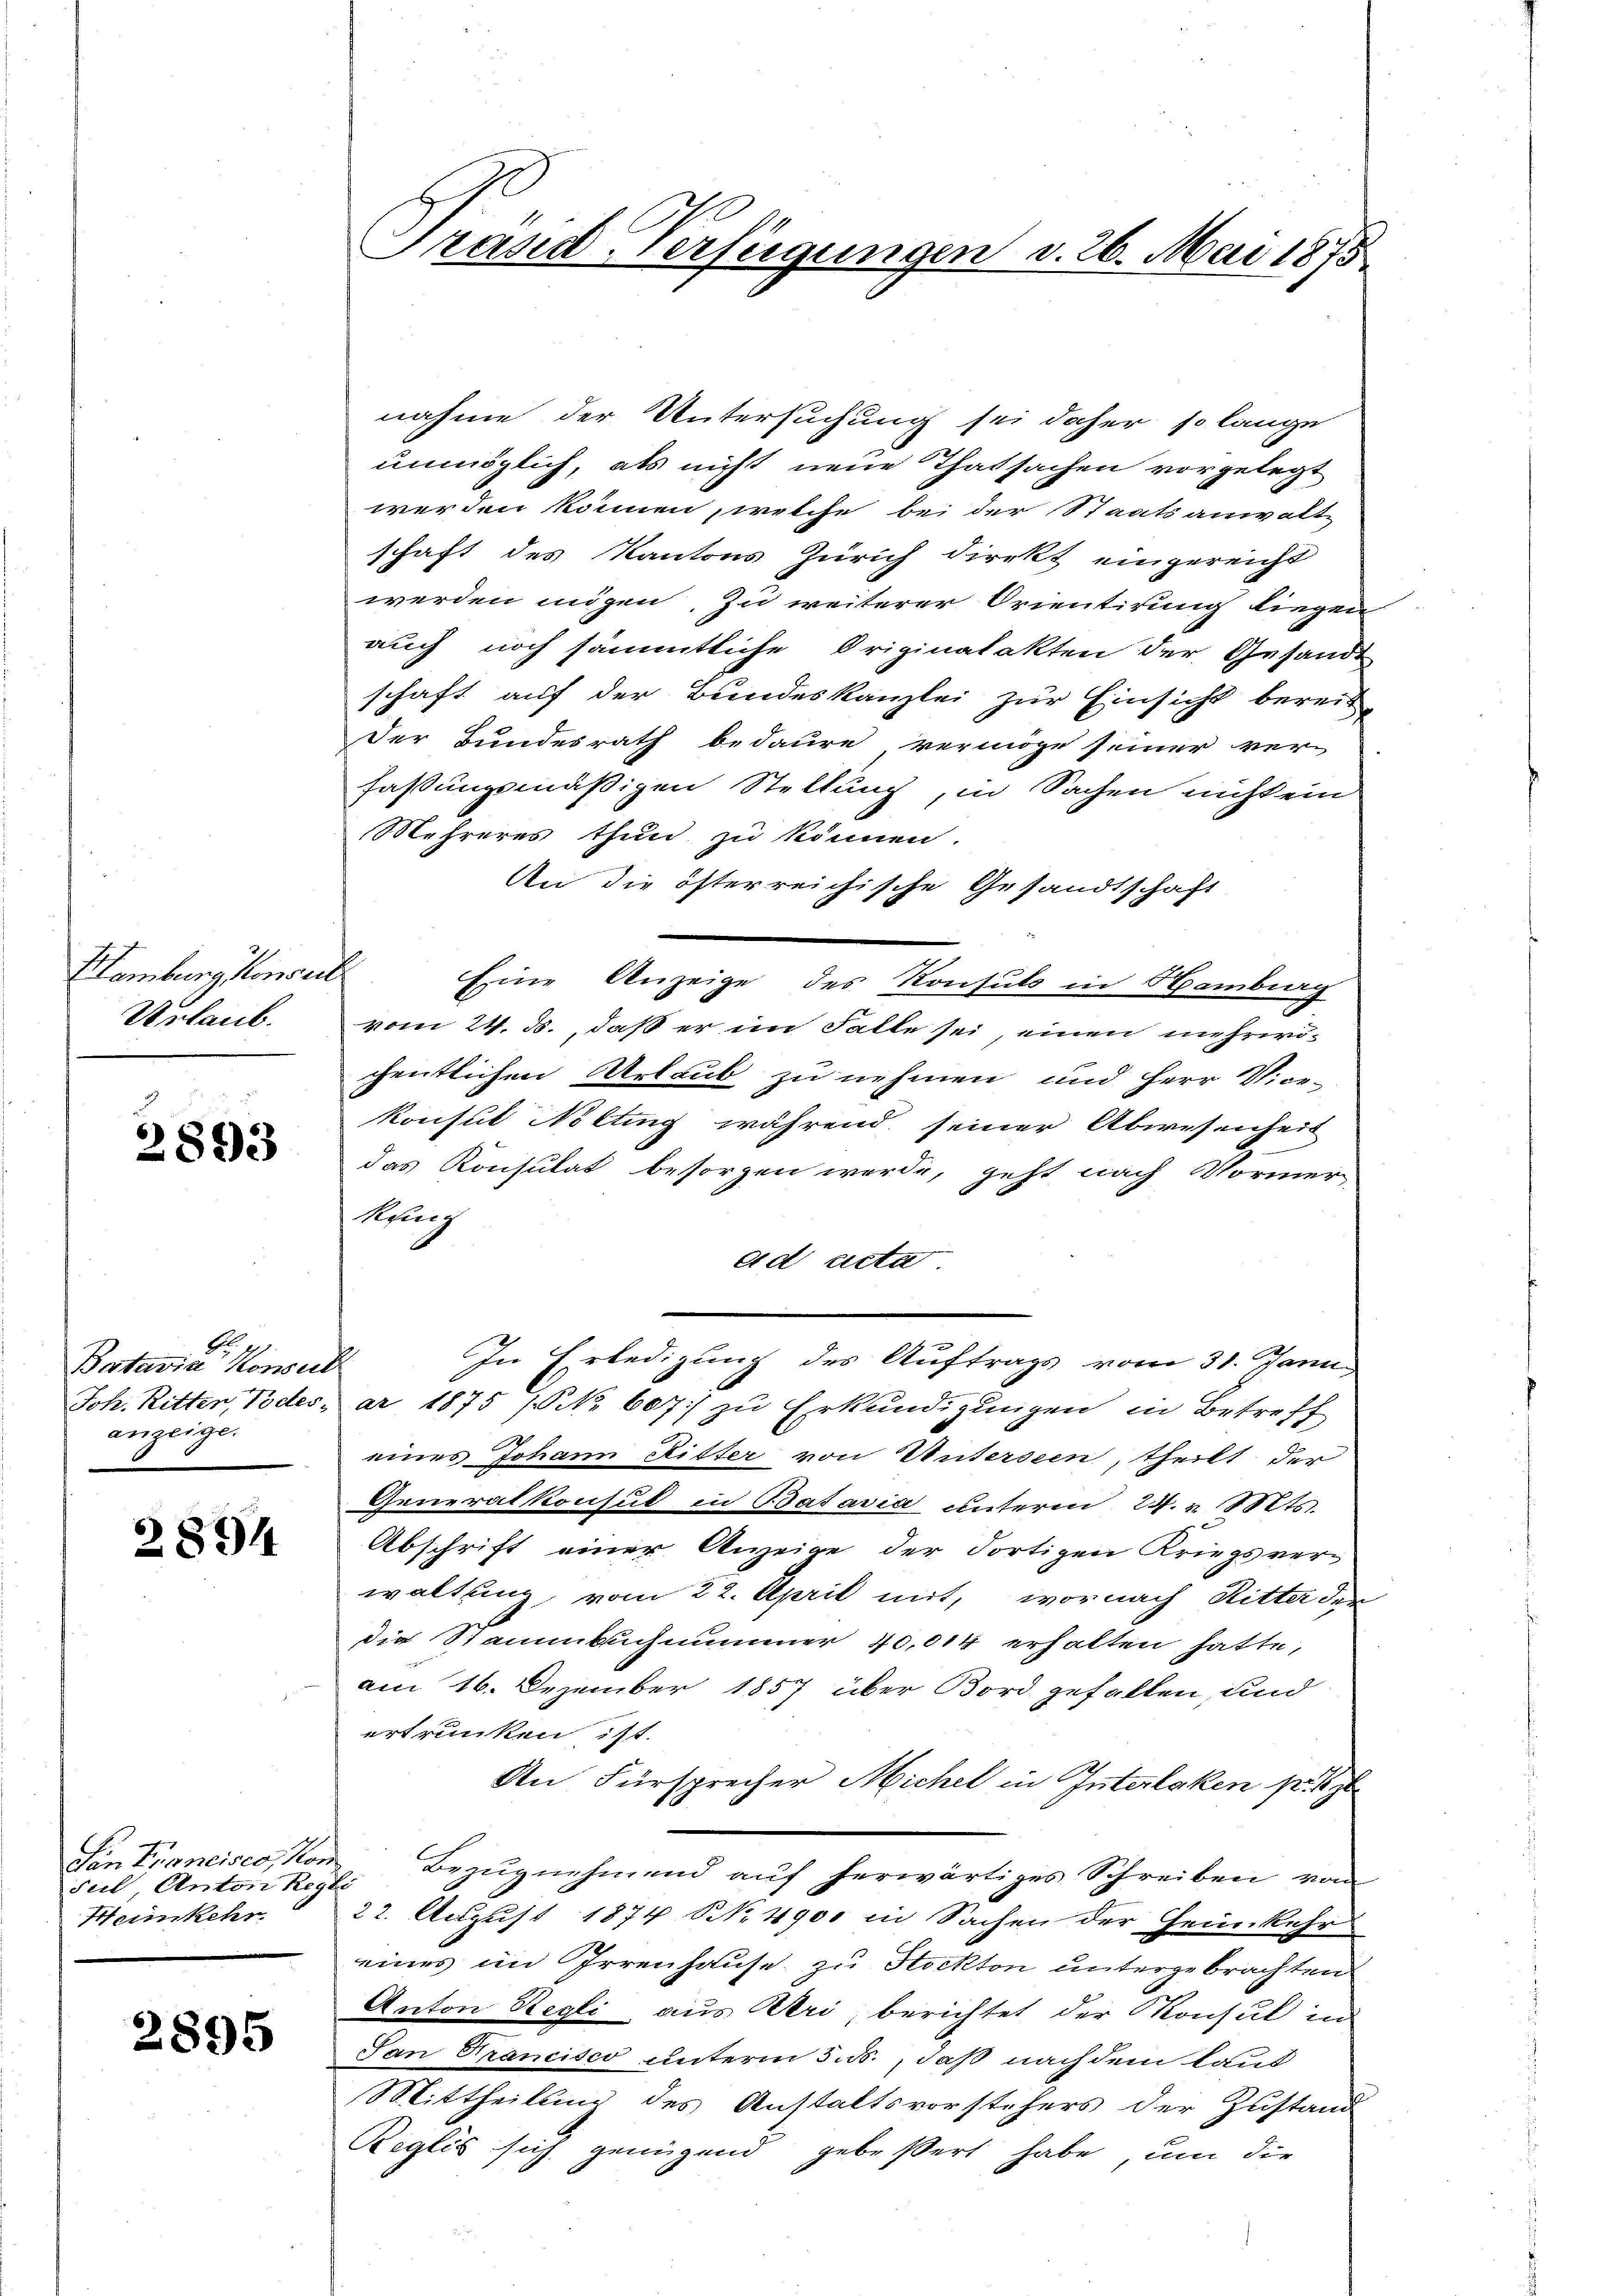
Hamburg Konseil
Urlaub.

2893

S
Batavia Konsul
anzeige.

2894

suel Anton Regli
Heimkehr

2895

Prasid-Verfügungen v. 26. Mai 1875

nahme der Untersuchung sei daher so lange
unmöglich, als nicht neue Thatsachen vorgelegt
werden können, welche bei der Staatsanwalte
schaft des Kantons Zürich direkt eingereicht
werden mögen, zu weiterer Orientirung liegen
auch noch sämmtliche Originalakten der Gesandt
schaft auf der Bundeskanzlei zur Einsicht bereit-
Der Bundesrath bedaure, vermöge seiner ver-
fassungsmäßigen Stellung, in Sachen nicht ein
Mehreres thun zu können.
An die öfterreichische Gesandtschaft
Eine Anzeige des Konsuls in Hambiag
vom 24. ds., daß er im Falle sei, einen mehrwöchentlichen Urlaub zu nehmen und Herr Vice-
konsul Nötting während seiner Abwesenheit
das Konsulat besorgen werde, geht nach Vormer
Renig
ad acta
In Erledigung des Auftrags vom 31. Janu
Joh. Ritten, Todes, ar 1875 / NNo. 607 zu Erkundigungen in Betreff
eines Johann Ritter von Untersein, theilt der
Generalkonsul in Batavia unterm 24. v. 18ts.
Abschrift einer Anzeige der dortigen Kriegsver-
waltung vom 22. April mit, wornach Ritter der
die Stammbuchnummer 40,014 erhalten hatte,
am 16. Dezember 1857 über Bord gefallen, und
ertrunken ist.
An Fürsprecher Michel in Interlaken sei
Von Francisco, von Bezŭgnehmend auf herwärtiges Schreiben von
22. August 1874 NNo. 4900 in Sachen der Heimkehr
eines im Irrenhause zu Stockten untergebrachten
Anton Regli aus Uri, berichtet der Konsul in
San Francisco unterm 5. ds., daß nach dem laut
Mittheilung des Anstaltsvorstehers der Zustand
Regles sich genügend gebeßert habe, um die